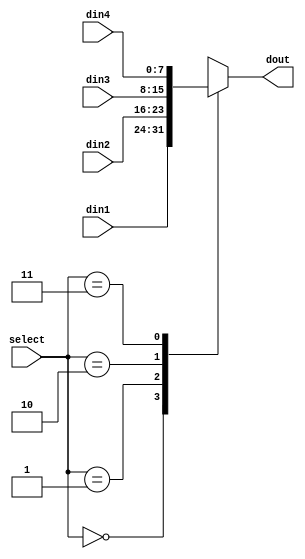
module mux4_registered #(
	parameter WIDTH = 8
) (
	input [WIDTH-1:0] din1, din2, din3, din4,
	input [1:0] select,
	output reg [WIDTH-1:0] dout
); 


always@(select, din1, din2, din3, din4) // "or" it's equivalent to ","
begin
	case(select)
		2'b00 : dout = din1;
		2'b01 : dout = din2;
		2'b10 : dout = din3;
		2'b11 : dout = din4;
	endcase
end
endmodule